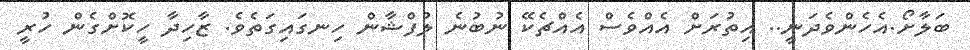
ބަލާށޯ.އެހެންވެދަނީ.. އިތުރަށް އެއްވެސް އެއްޗެކޭ ނުބުނެ ލުފްޝާން ހިނގައިގަތެވެ. ޒާހިދާ ހީކޮށްގެން ހުރީ